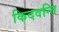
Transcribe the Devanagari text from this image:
किदवन्ति